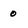
Character: 0